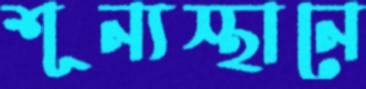
শূন্যস্থানে